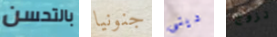
بالتحسن جنونيا دينى تزوج